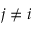
j \neq i